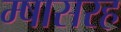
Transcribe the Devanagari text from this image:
म्षासरह